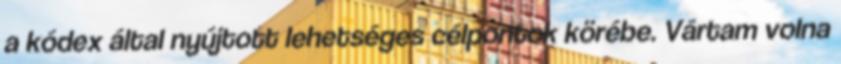
a kódex által nyújtott lehetséges célpontok körébe. Vártam volna